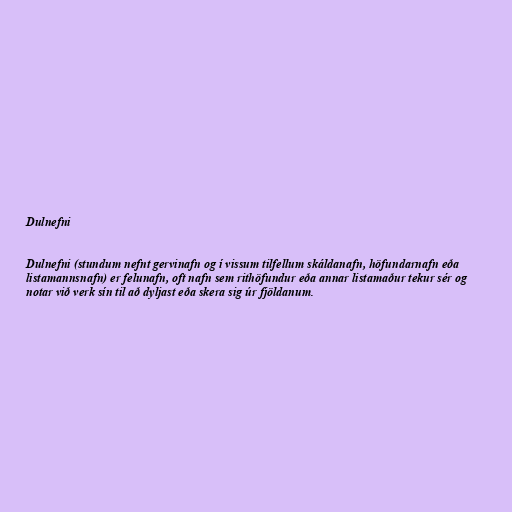
Dulnefni

Dulnefni (stundum nefnt gervinafn og í vissum tilfellum skáldanafn, höfundarnafn eða
listamannsnafn) er felunafn, oft nafn sem rithöfundur eða annar listamaður tekur sér og
notar við verk sín til að dyljast eða skera sig úr fjöldanum.